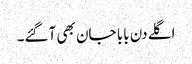
اگلے دن بابا جان بھی آگئے۔